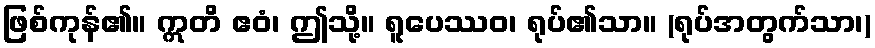
ဖြစ်ကုန်၏။ ဣတိ ဧဝံ၊ ဤသို့။ ရူပေဿဝ၊ ရုပ်၏သာ။ (ရုပ်အတွက်သာ၊)